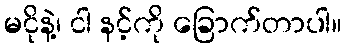
မငိုနဲ့၊ ငါ နင့်ကို ခြောက်တာပါ။